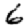
Digit: 6